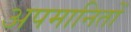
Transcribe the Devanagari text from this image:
अपमानितों